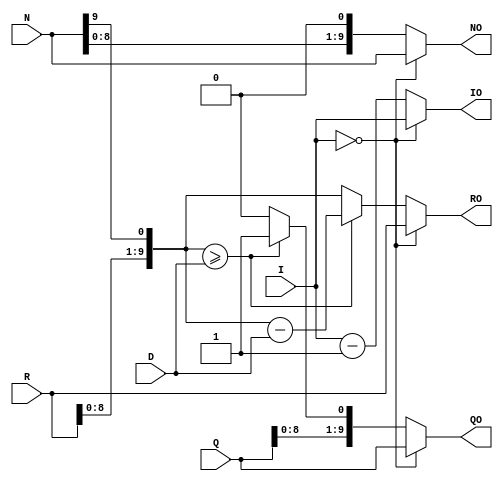
module div_unit(N, D, R, Q, I, NO, QO, RO, IO);

    /*
        div_unit
        this module is the basic unit of dividing
        it is fully combinational and does one iteration of overall algorithm
    */

    parameter INPUT_SIZE = 10; // size of wires, inputs and outputs

    input [INPUT_SIZE-1 : 0] N, D, R, Q; // dividend, divisor, remainder, quotient
    input [INPUT_SIZE-1 : 0] I; // counter

    output [INPUT_SIZE-1 : 0] NO, RO, QO; // out dividend, out remainder, out quotient
    output [INPUT_SIZE-1 : 0] IO; // out counter

    wire qBit;  // bit that will be assigned to Q(i)
    wire [INPUT_SIZE-1 : 0] shiftTemp; // wire for shifted R

    /*
        if (I == 0)
            enable is 0 and nothing happens
        else
            the algorithm runs!
    */

    assign shiftTemp = {R[INPUT_SIZE-2 : 0], N[INPUT_SIZE-1]};

    assign NO = (I == {INPUT_SIZE{1'b0}}) ? N : N << 1;

    assign qBit = (shiftTemp >= D) ? 1'b1 : 1'b0;
    assign QO = (I == {INPUT_SIZE{1'b0}}) ? Q : {Q[INPUT_SIZE-2 : 0], qBit};
    assign RO = (I == {INPUT_SIZE{1'b0}}) ? R : (shiftTemp >= D) ? (shiftTemp - D) : shiftTemp;
    assign IO = (I == {INPUT_SIZE{1'b0}}) ? I : I - 1'b1;
endmodule